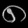
Digit: ၈